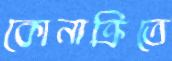
কোনাক্রিতে